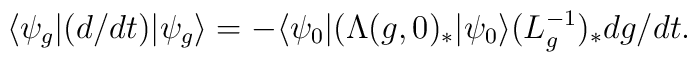
\langle\psi_g|(d/dt)|\psi_g\rangle =-\langle\psi_0|(\Lambda(g,0)_{\ast}|\psi_0\rangle (L^{-1}_g)_{\ast}d{g}/dt.